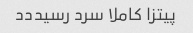
پیتزا کاملا سرد رسیددد